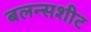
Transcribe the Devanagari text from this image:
बलन्सशीट